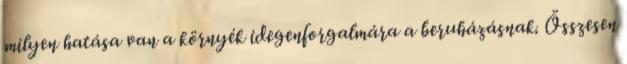
milyen hatása van a környék idegenforgalmára a beruházásnak. Összesen